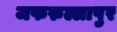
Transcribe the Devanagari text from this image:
जफरुल्लापुर